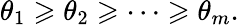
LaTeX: \theta_{1}\geqslant\theta_{2}\geqslant\dots\geqslant\theta_{m}.